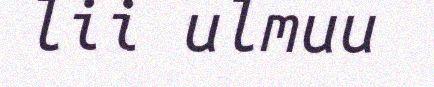
lii ulmuu